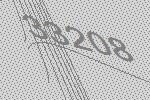
33208